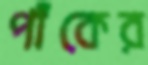
পাঁকের